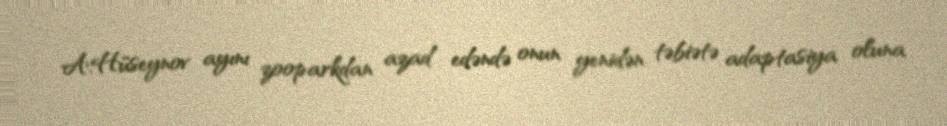
A.Hüseynov ayını zooparkdan azad edəndə onun yenidən təbiətə adaptasiya oluna